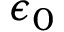
\epsilon _ { 0 }